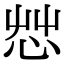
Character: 𢘿